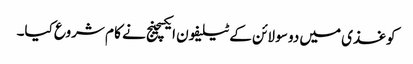
کوغذی میں دو سو لائن کے ٹیلیفون ایکسچینج نے کا م شروع کیا۔